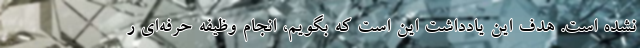
نشده است. هدف اين يادداشت اين است كه بگويم، انجام وظيفه حرفه‌اي ر